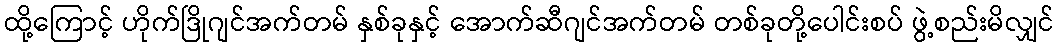
ထို့ကြောင့် ဟိုက်ဒြိုဂျင်အက်တမ် နှစ်ခုနှင့် အောက်ဆီဂျင်အက်တမ် တစ်ခုတို့ပေါင်းစပ် ဖွဲ့စည်းမိလျှင်